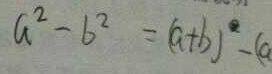
a ^ { 2 } - b ^ { 2 } = ( a + b ) - ( a